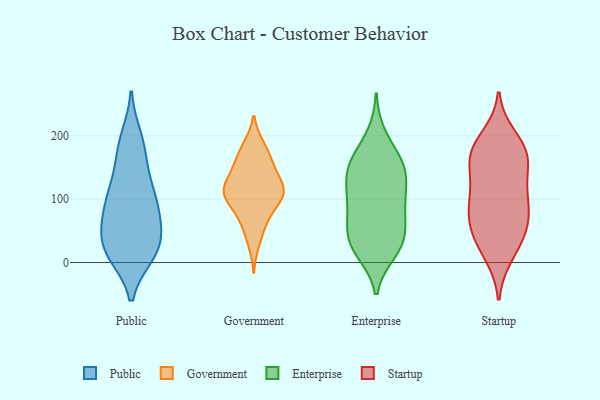
{"axis": {"x": "Temperature (°C)", "y": "Value"}, "legend": ["Enterprise", "Government", "Public", "Startup"], "data": [{"x": "", "y": 17, "type": "Public"}, {"x": "", "y": 34, "type": "Public"}, {"x": "", "y": 99, "type": "Public"}, {"x": "", "y": 72, "type": "Public"}, {"x": "", "y": 71, "type": "Public"}, {"x": "", "y": 196, "type": "Public"}, {"x": "", "y": 182, "type": "Public"}, {"x": "", "y": 19, "type": "Public"}, {"x": "", "y": 177, "type": "Public"}, {"x": "", "y": 87, "type": "Public"}, {"x": "", "y": 101, "type": "Public"}, {"x": "", "y": 56, "type": "Public"}, {"x": "", "y": 25, "type": "Public"}, {"x": "", "y": 130, "type": "Public"}, {"x": "", "y": 18, "type": "Public"}, {"x": "", "y": 127, "type": "Public"}, {"x": "", "y": 14, "type": "Public"}, {"x": "", "y": 119, "type": "Government"}, {"x": "", "y": 102, "type": "Government"}, {"x": "", "y": 30, "type": "Government"}, {"x": "", "y": 105, "type": "Government"}, {"x": "", "y": 185, "type": "Government"}, {"x": "", "y": 162, "type": "Government"}, {"x": "", "y": 119, "type": "Government"}, {"x": "", "y": 136, "type": "Government"}, {"x": "", "y": 112, "type": "Government"}, {"x": "", "y": 153, "type": "Government"}, {"x": "", "y": 134, "type": "Government"}, {"x": "", "y": 94, "type": "Government"}, {"x": "", "y": 159, "type": "Government"}, {"x": "", "y": 81, "type": "Government"}, {"x": "", "y": 113, "type": "Government"}, {"x": "", "y": 105, "type": "Government"}, {"x": "", "y": 62, "type": "Government"}, {"x": "", "y": 184, "type": "Government"}, {"x": "", "y": 58, "type": "Government"}, {"x": "", "y": 138, "type": "Enterprise"}, {"x": "", "y": 156, "type": "Enterprise"}, {"x": "", "y": 17, "type": "Enterprise"}, {"x": "", "y": 62, "type": "Enterprise"}, {"x": "", "y": 150, "type": "Enterprise"}, {"x": "", "y": 29, "type": "Enterprise"}, {"x": "", "y": 136, "type": "Enterprise"}, {"x": "", "y": 29, "type": "Enterprise"}, {"x": "", "y": 159, "type": "Enterprise"}, {"x": "", "y": 25, "type": "Enterprise"}, {"x": "", "y": 167, "type": "Enterprise"}, {"x": "", "y": 112, "type": "Enterprise"}, {"x": "", "y": 30, "type": "Enterprise"}, {"x": "", "y": 67, "type": "Enterprise"}, {"x": "", "y": 110, "type": "Enterprise"}, {"x": "", "y": 63, "type": "Enterprise"}, {"x": "", "y": 200, "type": "Enterprise"}, {"x": "", "y": 92, "type": "Enterprise"}, {"x": "", "y": 97, "type": "Enterprise"}, {"x": "", "y": 99, "type": "Startup"}, {"x": "", "y": 17, "type": "Startup"}, {"x": "", "y": 46, "type": "Startup"}, {"x": "", "y": 144, "type": "Startup"}, {"x": "", "y": 177, "type": "Startup"}, {"x": "", "y": 74, "type": "Startup"}, {"x": "", "y": 199, "type": "Startup"}, {"x": "", "y": 171, "type": "Startup"}, {"x": "", "y": 164, "type": "Startup"}, {"x": "", "y": 40, "type": "Startup"}, {"x": "", "y": 157, "type": "Startup"}, {"x": "", "y": 169, "type": "Startup"}, {"x": "", "y": 111, "type": "Startup"}, {"x": "", "y": 97, "type": "Startup"}, {"x": "", "y": 80, "type": "Startup"}, {"x": "", "y": 61, "type": "Startup"}, {"x": "", "y": 114, "type": "Startup"}, {"x": "", "y": 54, "type": "Startup"}, {"x": "", "y": 11, "type": "Startup"}, {"x": "", "y": 188, "type": "Startup"}]}